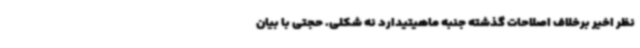
نظر اخیر برخلاف اصلاحات گذشته جنبه ماهیتیدارد نه شکلی. حجتی با بیان